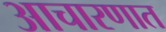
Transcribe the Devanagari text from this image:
आचारणात